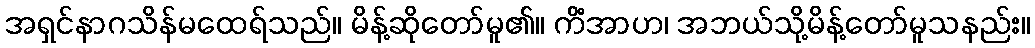
အရှင်နာဂသိန်မထေရ်သည်။ မိန့်ဆိုတော်မူ၏။ ကိံအာဟ၊ အဘယ်သို့မိန့်တော်မူသနည်း။